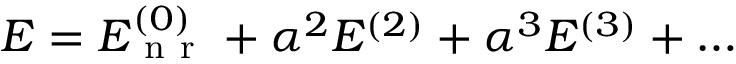
\begin{array} { r } { E = E _ { \mathrm { ~ n ~ r ~ } } ^ { ( 0 ) } + \alpha ^ { 2 } E ^ { ( 2 ) } + \alpha ^ { 3 } E ^ { ( 3 ) } + \ldots \; } \end{array}